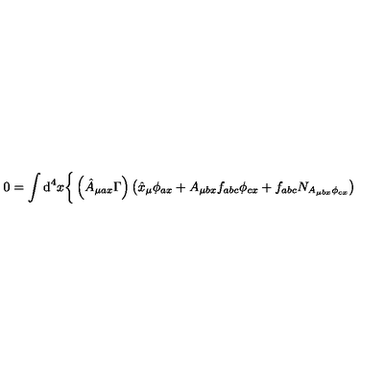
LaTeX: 0 = \int \mathrm { d } ^ { 4 } x \bigg \{ \left( \hat { A } _ { \mu a x } \Gamma \right) \left( \hat { x } _ { \mu } \phi _ { a x } + A _ { \mu b x } f _ { a b c } \phi _ { c x } + f _ { a b c } N _ { A _ { \mu b x } \phi _ { c x } } \right)